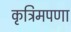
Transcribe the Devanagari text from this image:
कृत्रिमपणा